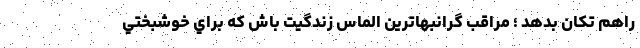
راهم تکان بدهد ؛ مراقب گرانبهاترين الماس زندگيت باش كه براي خوشبختي